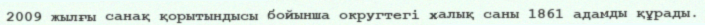
2009 жылғы санақ қорытындысы бойынша округтегі халық саны 1861 адамды құрады.